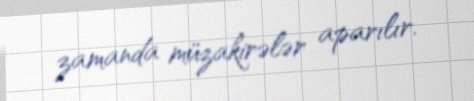
zamanda müzakirələr aparılır.